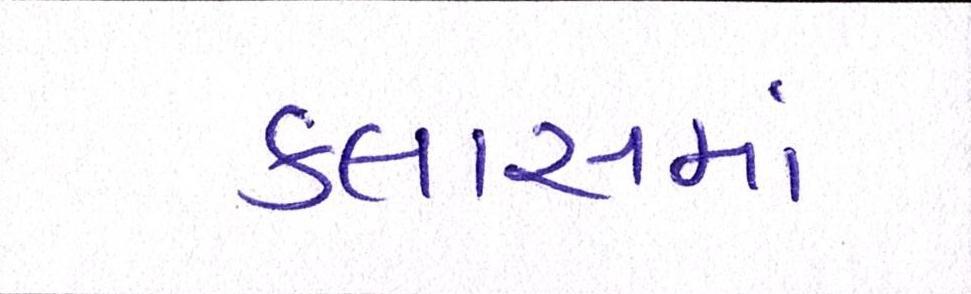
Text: ક્લાસમાં